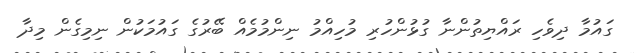
ގައުމާ ދިވެހި ރައްޔިތުންނާ ގުޅުންހުރި މުހިއްމު ނިންމުމެއް ބޭރުގެ ގައުމަކުން ނިމިގެން މިދާ